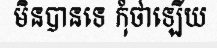
មិនបានទេ កុំថាឡើយ